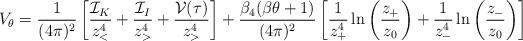
LaTeX: \begin{align*} V_\theta={1\over (4\pi)^2} \left[{{\cal I}_ K \over z_<^4}+ {{\cal I}_I\over z_>^4} + {{\cal V}(\tau)\over z_>^4}\right] + {\beta_4 (\beta\theta +1) \over (4\pi)^{2}} \left[{1\over z_+^4} \ln\left({z_+\over z_0}\right) +{1\over z_-^4 } \ln\left({z_-\over z_0}\right)\right]\end{align*}